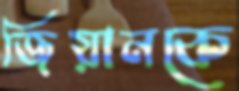
জিয়ানকে